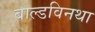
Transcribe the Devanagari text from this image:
बाल्डविनथा